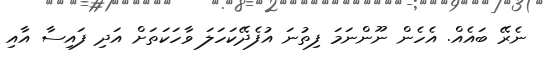
ނެރޭ ބައެއް. އެހެން ނޫންނަމަ ފިތުނަ އުފެދޭކަހަލަ ވާހަކަތަށް އަދި ފައިސާ އާއި